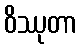
ဝိဿုတာ